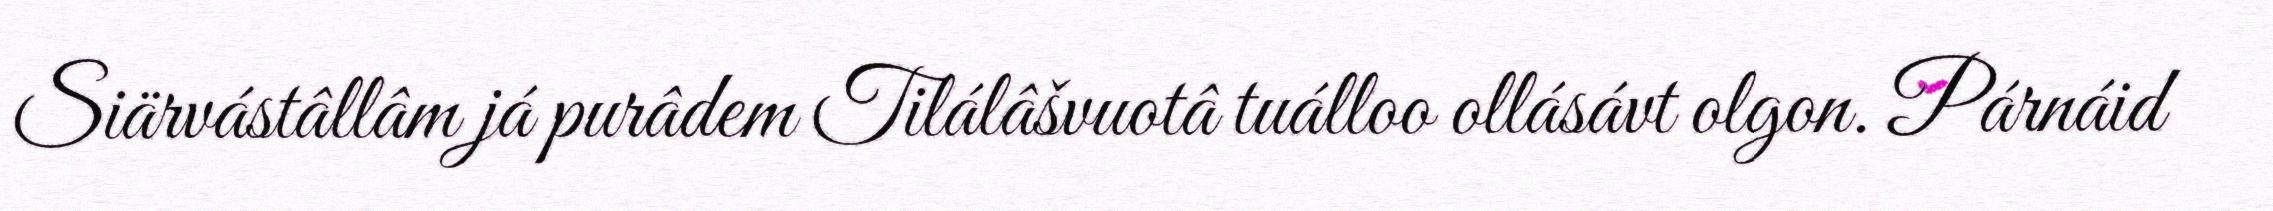
Siärvástâllâm já purâdem Tilálâšvuotâ tuálloo ollásávt olgon. Párnáid